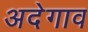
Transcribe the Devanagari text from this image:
अदेगाव